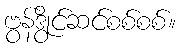
ဗွန်ဒွိုင်ဆင်စစ်စစ်။